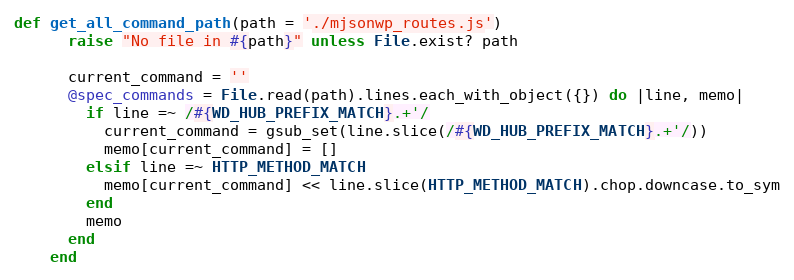
Language: Ruby
def get_all_command_path(path = './mjsonwp_routes.js')
      raise "No file in #{path}" unless File.exist? path

      current_command = ''
      @spec_commands = File.read(path).lines.each_with_object({}) do |line, memo|
        if line =~ /#{WD_HUB_PREFIX_MATCH}.+'/
          current_command = gsub_set(line.slice(/#{WD_HUB_PREFIX_MATCH}.+'/))
          memo[current_command] = []
        elsif line =~ HTTP_METHOD_MATCH
          memo[current_command] << line.slice(HTTP_METHOD_MATCH).chop.downcase.to_sym
        end
        memo
      end
    end